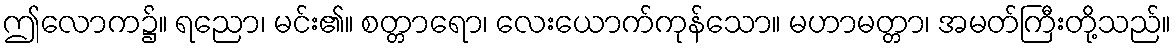
ဤလောက၌။ ရညော၊ မင်း၏။ စတ္တာရော၊ လေးယောက်ကုန်သော။ မဟာမတ္တာ၊ အမတ်ကြီးတို့သည်။